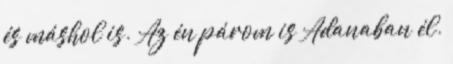
és máshol is. Az én párom is Adanaban él.